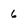
Character: 6